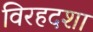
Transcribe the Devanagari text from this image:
विरहदशा